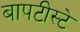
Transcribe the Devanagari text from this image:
बापटीस्टे